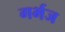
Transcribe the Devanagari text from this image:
गर्भज